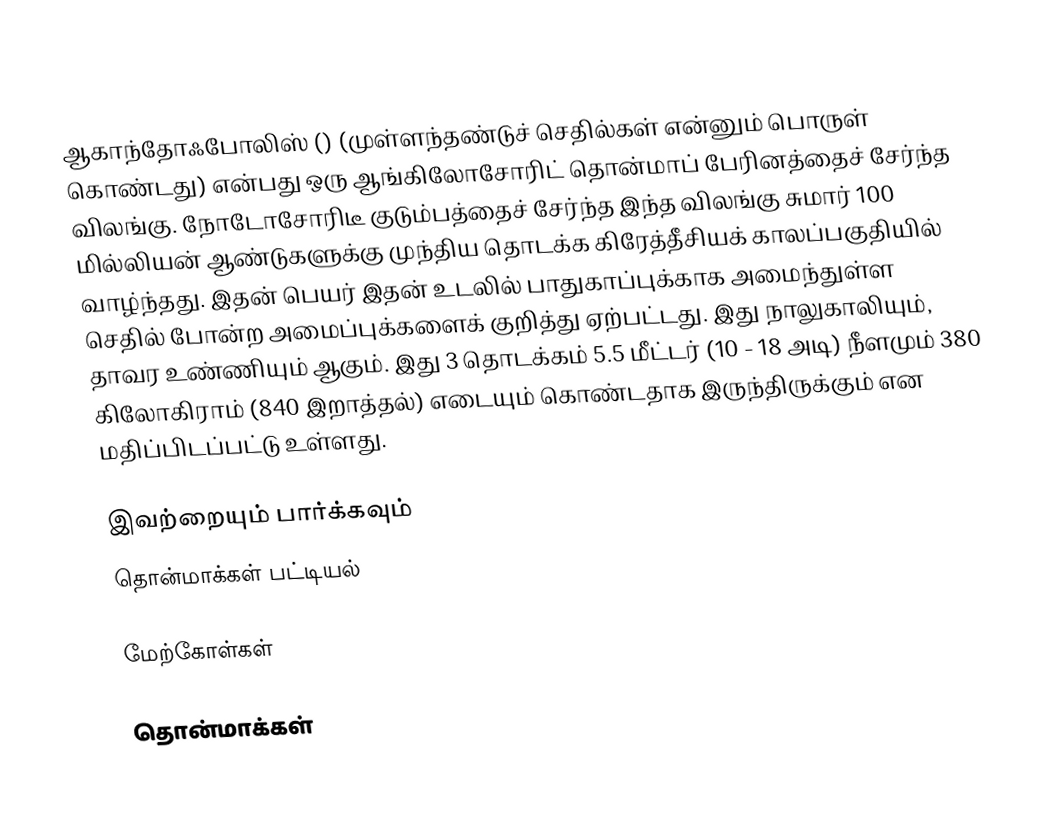
ஆகாந்தோஃபோலிஸ் () (முள்ளந்தண்டுச் செதில்கள் என்னும் பொருள் கொண்டது) என்பது ஒரு ஆங்கிலோசோரிட் தொன்மாப் பேரினத்தைச் சேர்ந்த விலங்கு. நோடோசோரிடீ குடும்பத்தைச் சேர்ந்த இந்த விலங்கு சுமார் 100 மில்லியன் ஆண்டுகளுக்கு முந்திய தொடக்க கிரேத்தீசியக் காலப்பகுதியில் வாழ்ந்தது. இதன் பெயர் இதன் உடலில் பாதுகாப்புக்காக அமைந்துள்ள செதில் போன்ற அமைப்புக்களைக் குறித்து ஏற்பட்டது. இது நாலுகாலியும், தாவர உண்ணியும் ஆகும். இது 3 தொடக்கம் 5.5 மீட்டர் (10 - 18 அடி) நீளமும் 380 கிலோகிராம் (840 இறாத்தல்) எடையும் கொண்டதாக இருந்திருக்கும் என மதிப்பிடப்பட்டு உள்ளது.

இவற்றையும் பார்க்கவும்
 தொன்மாக்கள் பட்டியல்

மேற்கோள்கள்

தொன்மாக்கள்